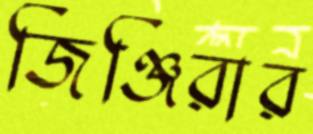
জিঞ্জিরার